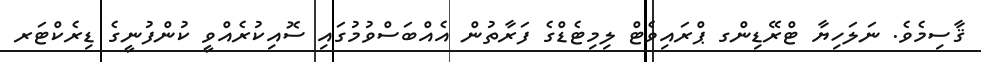
ޤާސިމެވެ. ނަލަހިޔާ ޓްރޭޑިންގ ޕްރައިވެޓް ލިމިޓެޑްގެ ފަރާތުން އެއްބަސްވުމުގައި ސޮއިކުރެއްވީ ކުންފުނީގެ ޑިރެކްޓަރ